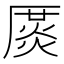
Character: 𠪛